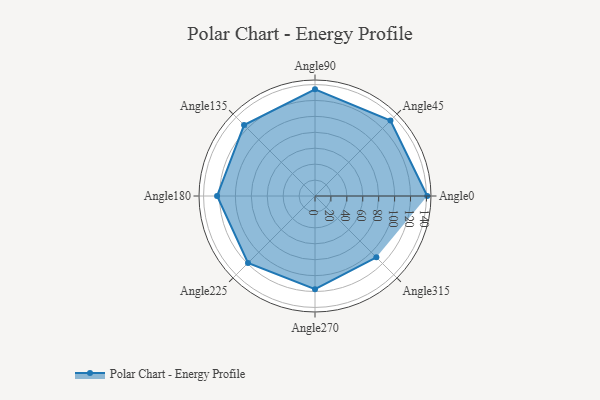
{"axis": {"x": "Angle", "y": "Radius"}, "legend": [""], "data": [{"x": "Angle0", "y": 141.0, "type": ""}, {"x": "Angle45", "y": 134.0, "type": ""}, {"x": "Angle90", "y": 134.0, "type": ""}, {"x": "Angle135", "y": 126.0, "type": ""}, {"x": "Angle180", "y": 123.0, "type": ""}, {"x": "Angle225", "y": 119.0, "type": ""}, {"x": "Angle270", "y": 117.0, "type": ""}, {"x": "Angle315", "y": 109.0, "type": ""}]}